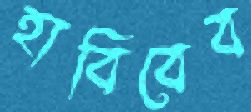
হাবিবেব